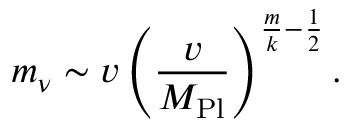
m _ { \nu } \sim v \left( { \frac { v } { M _ { \mathrm { P l } } } } \right) ^ { \frac { m } { k } - \frac { 1 } { 2 } } .